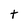
Character: t